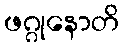
ဖဂ္ဂုနောတိ